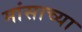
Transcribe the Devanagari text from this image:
मांसाच्या